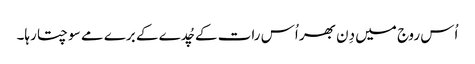
اُس روج میں دِن بھر اُس رات کے چُدے کے برے مے سوچتا رہا۔